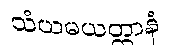
သံယမယတ္တာနံ